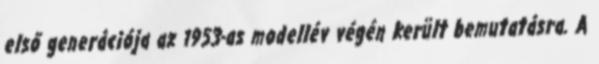
első generációja az 1953-as modellév végén került bemutatásra. A